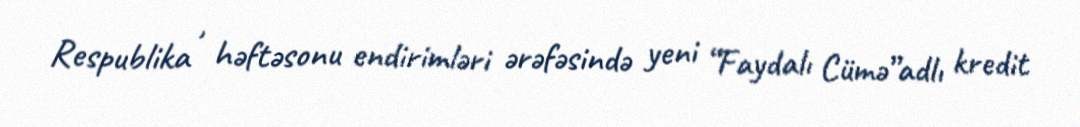
Respublika , həftəsonu endirimləri ərəfəsində yeni “Faydalı Cümə”adlı kredit